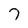
Character: 7